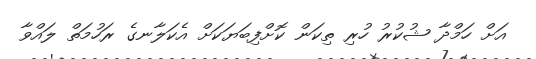
އަށް ހަމްދާ ޝުކުރު ހުރި ތިކަން ކޮށްފިބަޔަކަށް އެކަލާނގެ ރަހުމަތް ލައްވާ